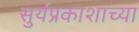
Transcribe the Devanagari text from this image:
सुर्यप्रकाशाच्या